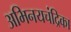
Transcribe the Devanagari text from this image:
अभिनयचंद्रिका